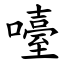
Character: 㘆